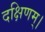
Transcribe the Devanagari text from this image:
दक्षिणम्।